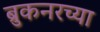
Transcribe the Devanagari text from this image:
ब्रुकनरच्या